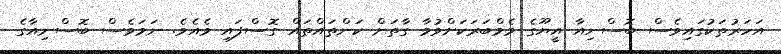
އަހަރުތަކުގައިވެސް ބޮސްނިއާ އީޔޫގެ މެމްބަރަކަށްވުމާ ގާތަށް ކަންތައްތައް ގޮސްފައި ވެއެވެ. ނަމަވެސް ބޮސްނިއާގެ